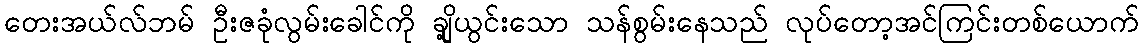
တေးအယ်လ်ဘမ် ဦးဇခုံလွမ်းခေါင်ကို ချို့ယွင်းသော သန်စွမ်းနေသည် လုပ်တော့အင်ကြင်းတစ်ယောက်